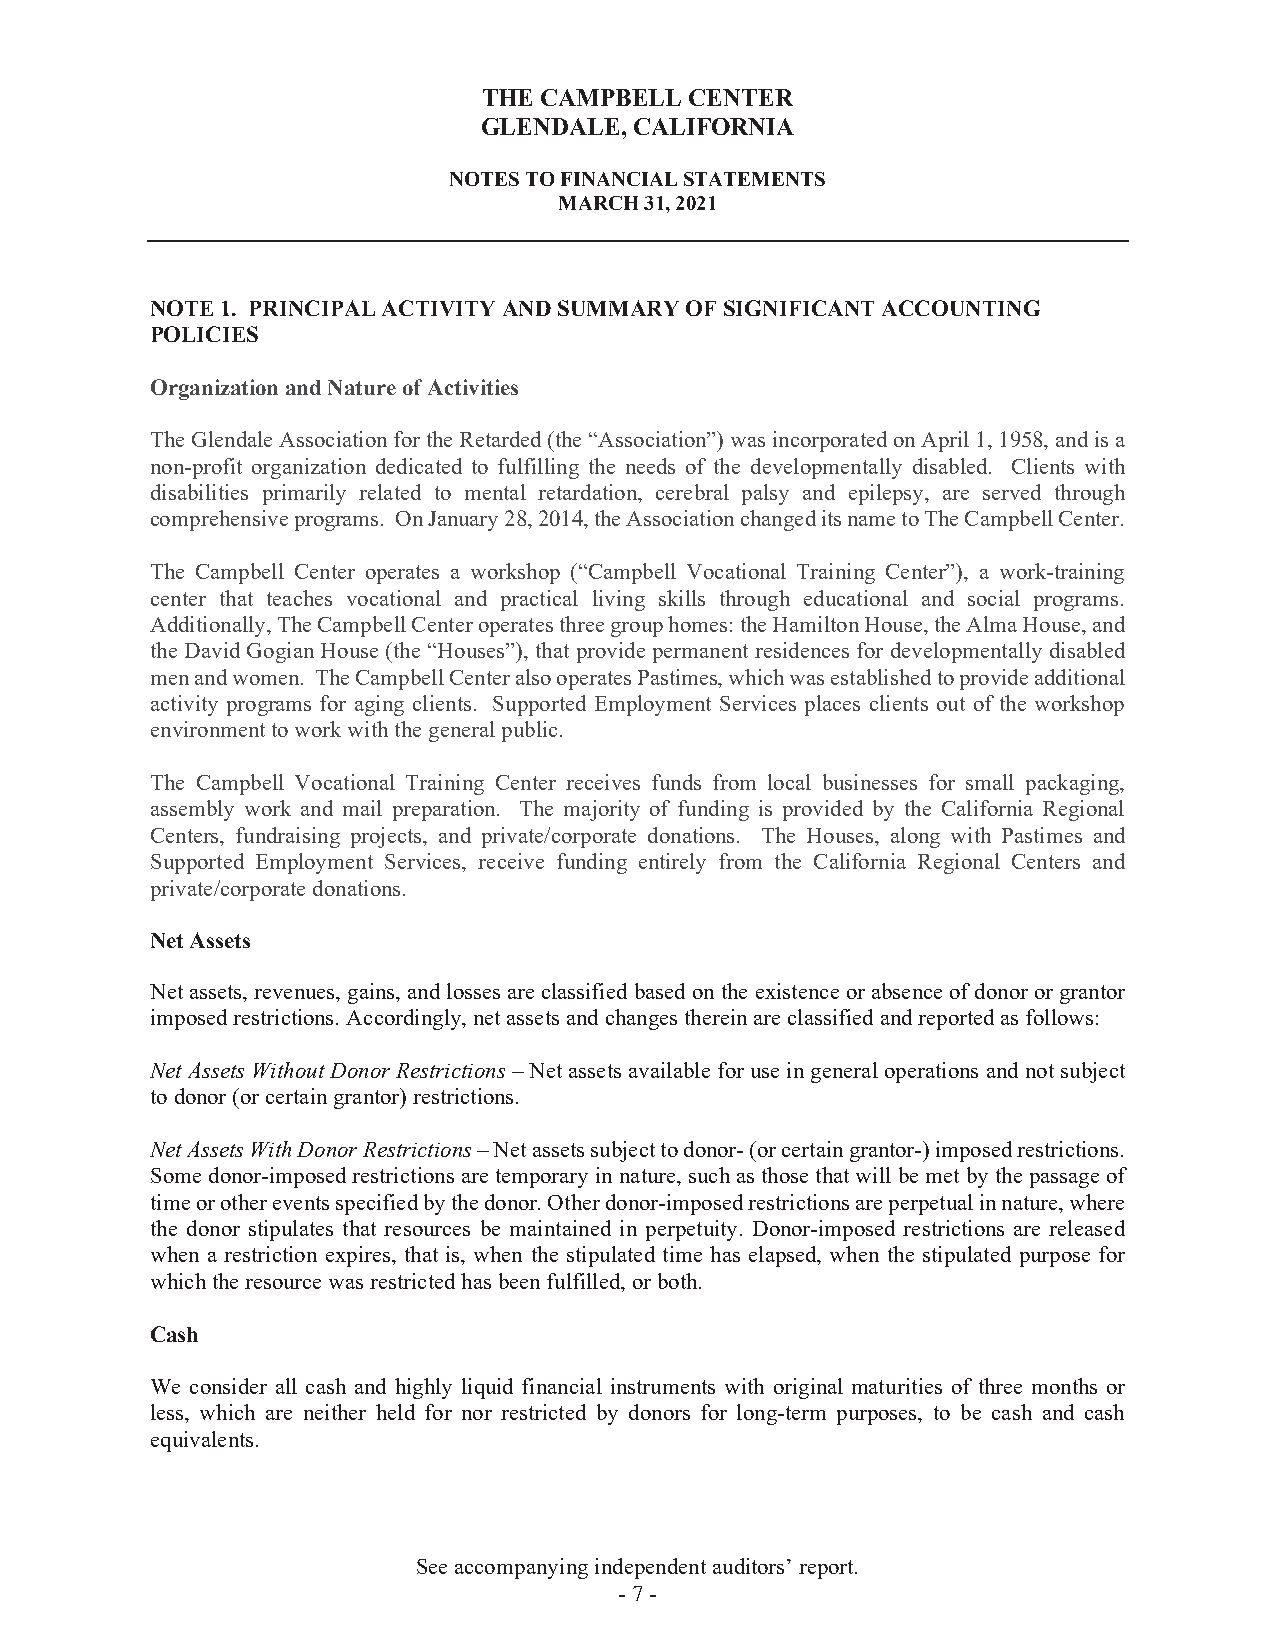
THE CAMPBELL  CENTER
 GLENDALE, CALIFORNIA
 NOTES TO FINANCIAL STATEMENTS
 MARCH 31, 2021
 NOTE 1. PRINCIPAL ACTIVITY AND SUMMARY OF SIGNIFICANT ACCOUNTING
 POLICIES
 Organization and Nature of Activities
 The Glendale Association for the Retarded (the “Association”) was incorporated on April 1, 1958, and is a
 non-profit organization dedicated to fulfilling the needs of the developmentally disabled. Clients with
 disabilities primarily related to mental retardation, cerebral palsy and epilepsy, are served through
 comprehensive programs. On January 28, 2014, the Association changed its name to The Campbell Center.
 The Campbell Center operates a workshop (“Campbell Vocational Training Center”), a work-training
 center that teaches vocational and practical living skills through educational and social programs.
 Additionally, The Campbell Center operates three group homes: the Hamilton House, the Alma House, and
 the David Gogian House (the “Houses”), that provide permanent residences for developmentally disabled
 men and women. The Campbell Center also operates Pastimes, which was established to provide additional
 activity programs for aging clients. Supported Employment Services places clients out of the workshop
 environment to work with the general public.
 The Campbell Vocational Training Center receives funds from local businesses for small packaging,
 assembly work and mail preparation. The majority of funding is provided by the California Regional
 Centers, fundraising projects, and private/corporate donations. The Houses, along with Pastimes and
 Supported Employment Services, receive funding entirely from the California Regional Centers and
 private/corporate donations.
 Net Assets
 Net assets, revenues, gains, and losses are classified based on the existence or absence of donor or grantor
 imposed restrictions. Accordingly, net assets and changes therein are classified and reported as follows:
 Net Assets Without Donor Restrictions – Net assets available for use in general operations and not subject
 to donor (or certain grantor) restrictions.
 Net Assets With Donor Restrictions – Net assets subject to donor- (or certain grantor-) imposed restrictions.
 Some donor-imposed restrictions are temporary in nature, such as those that will be met by the passage of
 time or other events specified by the donor. Other donor-imposed restrictions are perpetual in nature, where
 the donor stipulates that resources be maintained in perpetuity. Donor-imposed restrictions are released
 when a restriction expires, that is, when the stipulated time has elapsed, when the stipulated purpose for
 which the resource was restricted has been fulfilled, or both.
 Cash
 We consider all cash and highly liquid financial instruments with original maturities of three months or
 less, which are neither held for nor restricted by donors for long-term purposes, to be cash and cash
 equivalents.
 See accompanying independent auditors’ report.
 -7 -